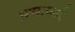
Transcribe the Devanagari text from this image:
प्रभावळी